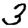
Digit: 3